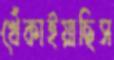
খেঁকাইয়াছিস